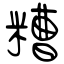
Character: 糟